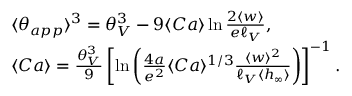
\begin{array} { r l } & { \langle \theta _ { a p p } \rangle ^ { 3 } = \theta _ { V } ^ { 3 } - 9 \langle C a \rangle \ln \frac { 2 \langle w \rangle } { e \ell _ { V } } , } \\ & { \langle C a \rangle = \frac { \theta _ { V } ^ { 3 } } { 9 } \left[ \ln \left( \frac { 4 a } { e ^ { 2 } } \langle C a \rangle ^ { 1 / 3 } \frac { \langle w \rangle ^ { 2 } } { \ell _ { V } \langle h _ { \infty } \rangle } \right) \right] ^ { - 1 } . } \end{array}